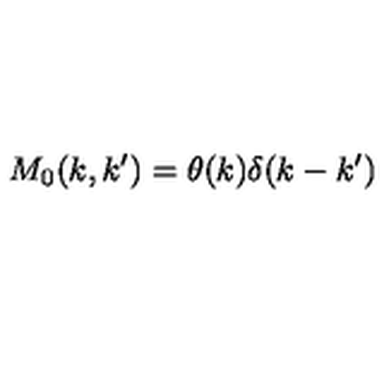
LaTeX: M _ { 0 } ( k , k ^ { \prime } ) = \theta ( k ) \delta ( k - k ^ { \prime } )